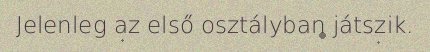
Jelenleg az első osztályban játszik.